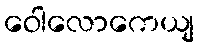
ဝေါလောကေယျ